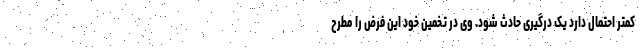
کمتر احتمال دارد یک درگیری حادث شود. وی در تخمین خود این فرض را مطرح